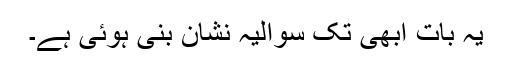
یہ بات ابھی تک سوالیہ نشان بنی ہوئی ہے۔